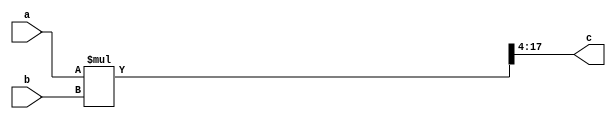
module multiplier(input signed[13:0] a, b, output signed[13:0] c);
  wire signed [25:0] result;
  assign result = a*b;
  assign c = result[17:4];
endmodule